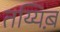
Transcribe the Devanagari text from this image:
तय्यिब़